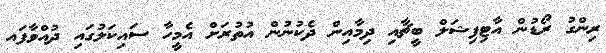
ރިންގު ރޯޑުން އާޓިފިޝަލް ބީޗާއި ދިމާއިން ދެކުނުން އުތުރަށް އެމީހާ ސައިކަލުގައި ދުއްވާފައ